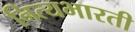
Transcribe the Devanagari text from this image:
नित्यभारती